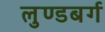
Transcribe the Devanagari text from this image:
लुण्डबर्ग